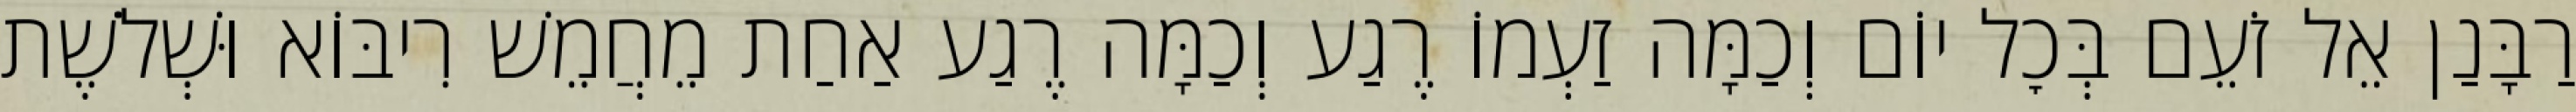
רַבָּנַן אֵל זֹעֵם בְּכׇל יוֹם וְכַמָּה זַעְמוֹ רֶגַע וְכַמָּה רֶגַע אַחַת מֵחֲמֵשׁ רִיבּוֹא וּשְׁלֹשֶׁת